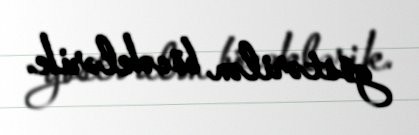
göstərilən böcəklərik.